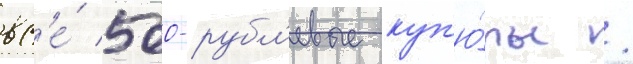
вс'е́ 500-рубл'евые куп'ю́ры /